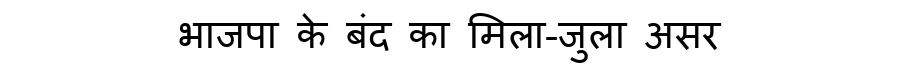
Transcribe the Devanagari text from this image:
भाजपा के बंद का मिला-जुला असर